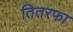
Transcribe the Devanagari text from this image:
तितरफा